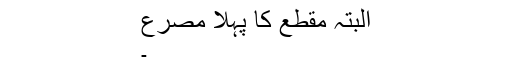
البتہ مقطع کا پہلا مصرع
۔